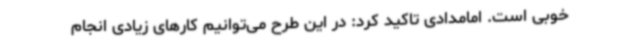
خوبی است. امامدادی تاکید کرد: در این طرح می‌توانیم کارهای زیادی انجام